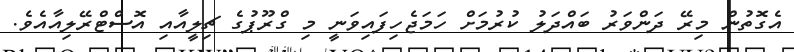
އެގޮތުން މިރޭ ދަންވަރު ބައްދަލު ކުރުމަށް ހަމަޖެހިފައިވަނީ މި ގްރޫޕުގެ ޗިލީއާއި އޮސްޓްރޭލިއާއެވެ.